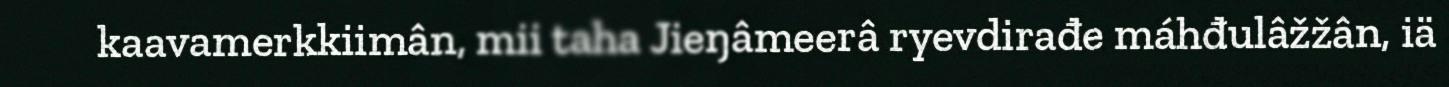
kaavamerkkiimân, mii taha Jieŋâmeerâ ryevdirađe máhđulâžžân, iä